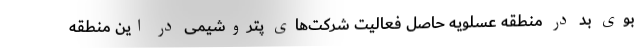
بوی بد در منطقه عسلویه حاصل فعالیت شرکت‌های پتروشیمی در این منطقه